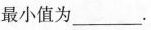
最小值为___.